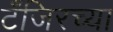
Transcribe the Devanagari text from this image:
टँजिरच्या